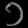
Digit: ၁